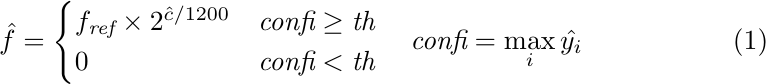
\begin{equation}
\label{eq:c2f}
\hat{f}=
\begin{cases}
    f_{\textit{ref}}\times 2^{\hat{c}/1200}& {\textit{confi} \geq \textit{th}}\\
    0&{\textit{confi} < \textit{th}}
\end{cases}
\quad \textit{confi}=\mathop{\max}\limits_{i} \hat{y_{i}}
\end{equation}